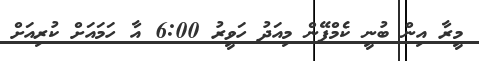
މީރާ އިން ބުނީ ކެމްޕޭން މިއަދު ހަވީރު 6:00 އާ ހަމައަށް ކުރިއަށް